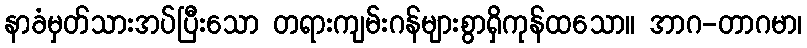
နာခံမှတ်သားအပ်ပြီးသော တရားကျမ်းဂန်များစွာရှိကုန်ထသော။ အာဂ-တာဂမာ၊